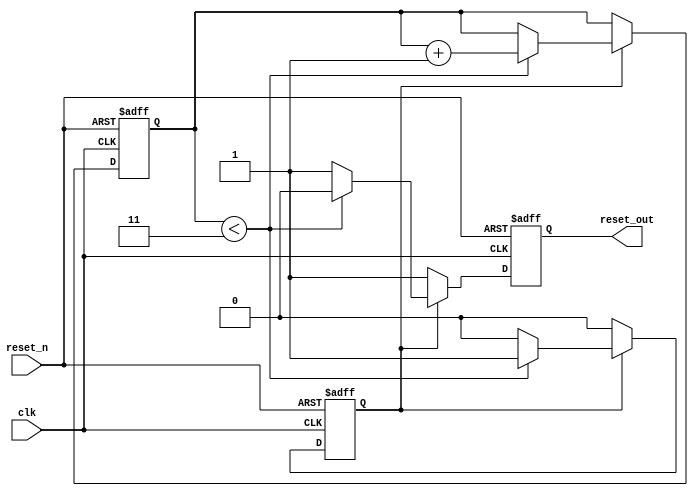
module power_on_reset #(
    parameter RESET_DURATION = 4 // Number of clock cycles for reset duration
)(
    input wire clk,          // Clock signal
    input wire reset_n,      // Active-low reset signal
    output reg reset_out     // Output reset signal
);

    reg [2:0] counter;       // Counter to track reset duration
    reg power_on_reset;      // Flag to indicate power-on reset state

    // State machine for handling reset logic
    always @(posedge clk or negedge reset_n) begin
        if (!reset_n) begin
            // If reset_n is asserted, force reset_out low
            reset_out <= 1'b0;
            counter <= 0;
            power_on_reset <= 1'b0; // Reset the power-on reset flag
        end else begin
            if (power_on_reset) begin
                // If in power-on reset state, count down
                if (counter < RESET_DURATION - 1) begin
                    counter <= counter + 1;
                    reset_out <= 1'b0; // Keep reset_out low during the duration
                end else begin
                    reset_out <= 1'b1; // Release reset after duration
                    power_on_reset <= 1'b0; // Exit power-on reset state
                end
            end else begin
                // Normal operation state
                reset_out <= 1'b1; // Ensure reset_out is high when not in reset
            end
        end
    end

    // Power-on reset logic
    initial begin
        reset_out = 1'b1; // Initialize reset_out to high
        counter = 0;      // Initialize counter
        power_on_reset = 1'b1; // Start in power-on reset state
    end

endmodule